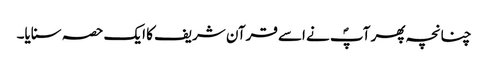
چنانچہ پھر آپؐ نے اسے قرآن شریف کا ایک حصہ سنایا۔